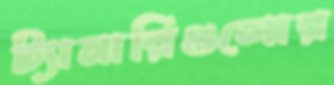
ট্যানারিগুলোর